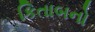
કિતાબનો